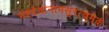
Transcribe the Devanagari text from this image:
महद्देवानामसुरत्वमेकं